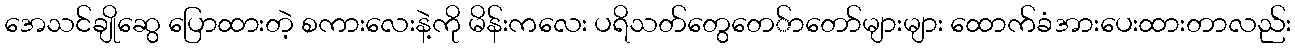
အေသင်ချိုဆွေ ပြောထားတဲ့ စကားလေးနဲ့ကို မိန်းကလေး ပရိသတ်တွေတေ်ာတော်များများ ထောက်ခံအားပေးထားတာလည်း